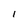
Character: l